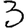
Digit: 3